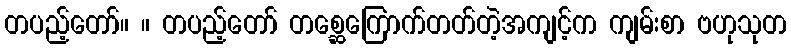
တပည့်တော်။ ။ တပည့်တော် တစ္ဆေကြောက်တတ်တဲ့အကျင့်က ကျမ်းစာ ဗဟုသုတ